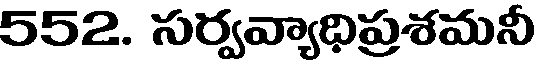
552. సర్వవ్యాధిప్రశమనీ